Civil Veterinary Dept. Bombay admin report 1893-99 - 1893-1899
Year: 1893
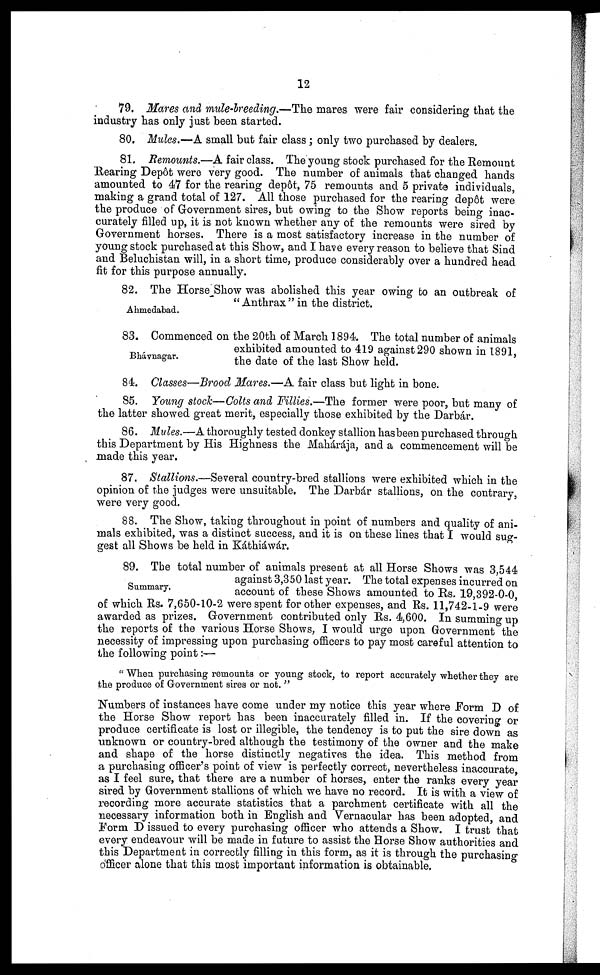
12
79. Mares and mule-breeding.—The mares were fair considering that the
industry has only just been started.
80. Mules.—A small but fair class; only two purchased by dealers.
81. Remounts.—A fair class. The young stock purchased for the Remount
Rearing Depôt were very good. The number of animals that changed hands
amounted to 47 for the rearing depôt, 75 remounts and 5 private individuals,
making a grand total of 127. All those purchased for the rearing depôt were
the produce of Government sires, but owing to the Show reports being inac-
curately filled up, it is not known whether any of the remounts were sired by
Government horses. There is a most satisfactory increase in the number of
young stock purchased at this Show, and I have every reason to believe that Sind
and Beluchistan will, in a short time, produce considerably over a hundred head
fit for this purpose annually.
Ahmedabad.
82. The Horse Show was abolished this year owing to an outbreak of
"Anthrax" in the district.
Bhávnagar.
83. Commenced on the 20th of March 1894. The total number of animals
exhibited amounted to 419 against 290 shown in 1891,
the date of the last Show held.
84. Classes—Brood Mares.—A fair class but light in bone.
85. Young stock—Colts and Fillies.—The former were poor, but many of
the latter showed great merit, especially those exhibited by the Darbár.
86. Mules.—A thoroughly tested donkey stallion has been purchased through
this Department by His Highness the Mahárája, and a commencement will be
made this year.
87. Stallions.—Several country-bred stallions were exhibited which in the
opinion of the judges were unsuitable. The Darbár stallions, on the contrary,
were very good.
88. The Show, taking throughout in point of numbers and quality of ani-
mals exhibited, was a distinct success, and it is on these lines that I would sug-
gest all Shows be held in Káthiáwár.
Summary.
89. The total number of animals present at all Horse Shows was 3,544
against 3,350 last year. The total expenses incurred on
account of these Shows amounted to Rs. 19,392-0-0
of which Rs. 7,650-10-2 were spent for other expenses, and Rs. 11,742-1-9 were
awarded as prizes. Government contributed only Rs. 4,600. In summing-up
the reports of the various Horse Shows, I would urge upon Government the
necessity of impressing upon purchasing officers to pay most careful attention to
the following point:—
"When purchasing remounts or young stock, to report accurately whether they are
the produce of Government sires or not."
Numbers of instances have come under my notice this year where Form D of
the Horse Show report has been inaccurately filled in. If the covering or
produce certificate is lost or illegible, the tendency is to put the sire down as
unknown or country-bred although the testimony of the owner and the make
and shape of the horse distinctly negatives the idea. This method from
a purchasing officer's point of view is perfectly correct, nevertheless inaccurate
as I feel sure, that there are a number of horses, enter the ranks every year
sired by Government stallions of which we have no record. It is with a view of
recording more accurate statistics that a parchment certificate with all the
necessary information both in English and Vernacular has been adopted, and
Form D issued to every purchasing officer who attends a Show. I trust that
every endeavour will be made in future to assist the Horse Show authorities and
this Department in correctly filling in this form, as it is through the purchasig
officer alone that this most important information is
obtainable.